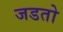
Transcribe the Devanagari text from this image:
जडतो